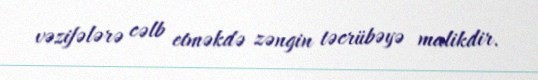
vəzifələrə cəlb etməkdə zəngin təcrübəyə malikdir.